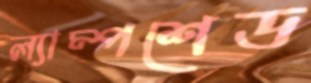
ল্যাম্পশেড